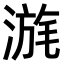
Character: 𣹪